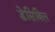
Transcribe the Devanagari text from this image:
डेसिबिल